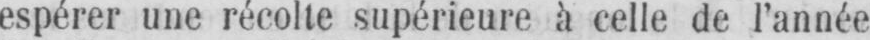
espérer une récolte supérieure à celle de l’année